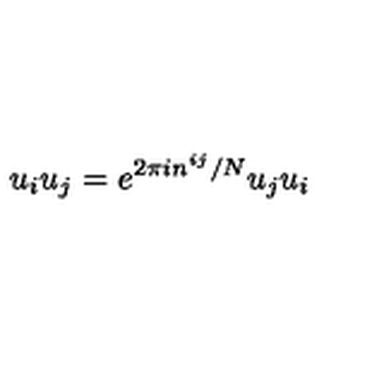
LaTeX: u _ { i } u _ { j } = e ^ { 2 \pi i n ^ { i j } / N } u _ { j } u _ { i }